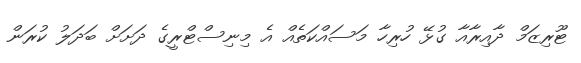
ޓޫރިޒަމް ދާއިރާއާ ގުޅޭ ހުރިހާ މަސައްކަތެއް އެ މިނިސްޓްރީގެ ދަށަށް ބަދަލު ކުރަން